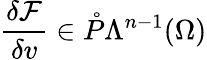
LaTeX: \frac{\delta\mathcal{F}}{\delta v}\in\mathring{P}\Lambda^{n-1}(\Omega)